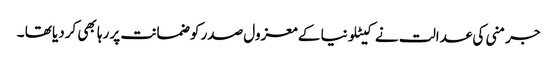
جرمنی کی عدالت نے کیٹلونیا کے معزول صدر کو ضمانت پر رہا بھی کردیا تھا ۔